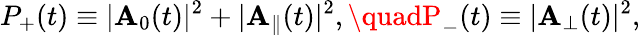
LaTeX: P_{+}(t)\equiv|\mathbf{A}_{0}(t)|^{2}+|\mathbf{A}_{\| }(t)|^{2},\quadP_{-}(t)\equiv|\mathbf{A}_{\perp}(t)|^{2},